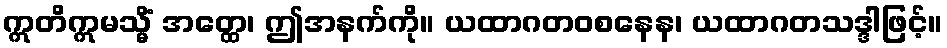
ဣတိဣမသ္မိံ အတ္ထေ၊ ဤအနက်ကို။ ယထာဂတဝစနေန၊ ယထာဂတသဒ္ဒါဖြင့်။